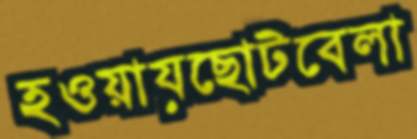
হওয়ায়ছোটবেলা